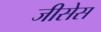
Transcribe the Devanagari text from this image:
जीसेस